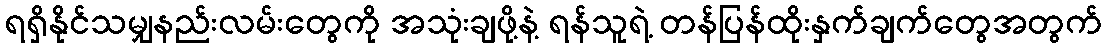
ရရှိနိုင်သမျှနည်းလမ်းတွေကို အသုံးချဖို့နဲ့ ရန်သူရဲ့ တန်ပြန်ထိုးနှက်ချက်တွေအတွက်